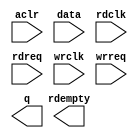
module asyn_64_1 (
	aclr,
	data,
	rdclk,
	rdreq,
	wrclk,
	wrreq,
	q,
	rdempty);

	input	  aclr;
	input	[0:0]  data;
	input	  rdclk;
	input	  rdreq;
	input	  wrclk;
	input	  wrreq;
	output	[0:0]  q;
	output	  rdempty;
`ifndef ALTERA_RESERVED_QIS
// synopsys translate_off
`endif
	tri0	  aclr;
`ifndef ALTERA_RESERVED_QIS
// synopsys translate_on
`endif

endmodule